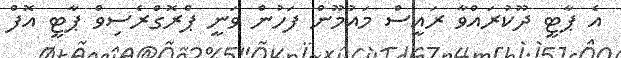
އެ ޕާޓީ ދޫކުރައްވާ ރައީސް މައުމޫން ފަހުން ވަނީ ޕްރޮގްރެސިވް ޕާޓީ އޮފް